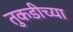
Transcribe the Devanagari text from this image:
तुकडीच्या